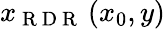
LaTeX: x_{\mathrm{~R~D~R~}}\left(x_{0},y\right)